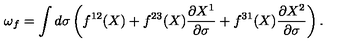
\omega _ { f } = \int d \sigma \left( f ^ { 1 2 } ( X ) + f ^ { 2 3 } ( X ) \frac { \partial X ^ { 1 } } { \partial \sigma } + f ^ { 3 1 } ( X ) \frac { \partial X ^ { 2 } } { \partial \sigma } \right) .